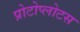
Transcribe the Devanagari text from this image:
प्रोटोप्लोटस